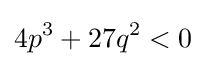
4p^{3}+27q^{2}<0